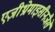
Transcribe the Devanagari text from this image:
एज़ीथ्रोमाइसीनजैसे